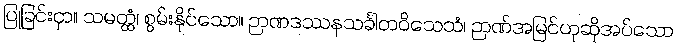
ပြုခြင်းငှာ။ သမတ္ထံ၊ စွမ်းနိုင်သော။ ဉာဏဒဿနသင်္ခါတဝိသေသံ၊ ဉာဏ်အမြင်ဟုဆိုအပ်သော